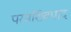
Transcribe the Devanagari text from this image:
परमशिवपाद